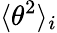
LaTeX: \langle\theta^{2}\rangle_{i}